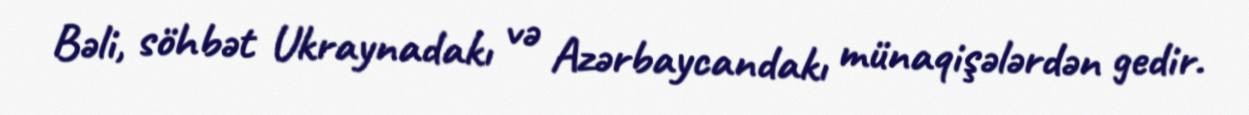
Bəli, söhbət Ukraynadakı və Azərbaycandakı münaqişələrdən gedir.